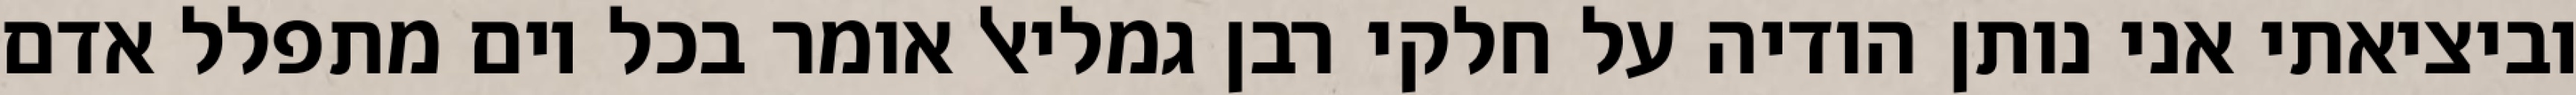
וביציאתי אני נותן הודיה על חלקי רבן גמליאל אומר בכל יום מתפלל אדם